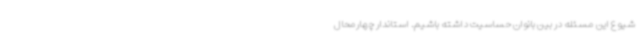
شیوع این مسئله در بین بانوان حساسیت داشته باشیم. استاندار چهارمحال